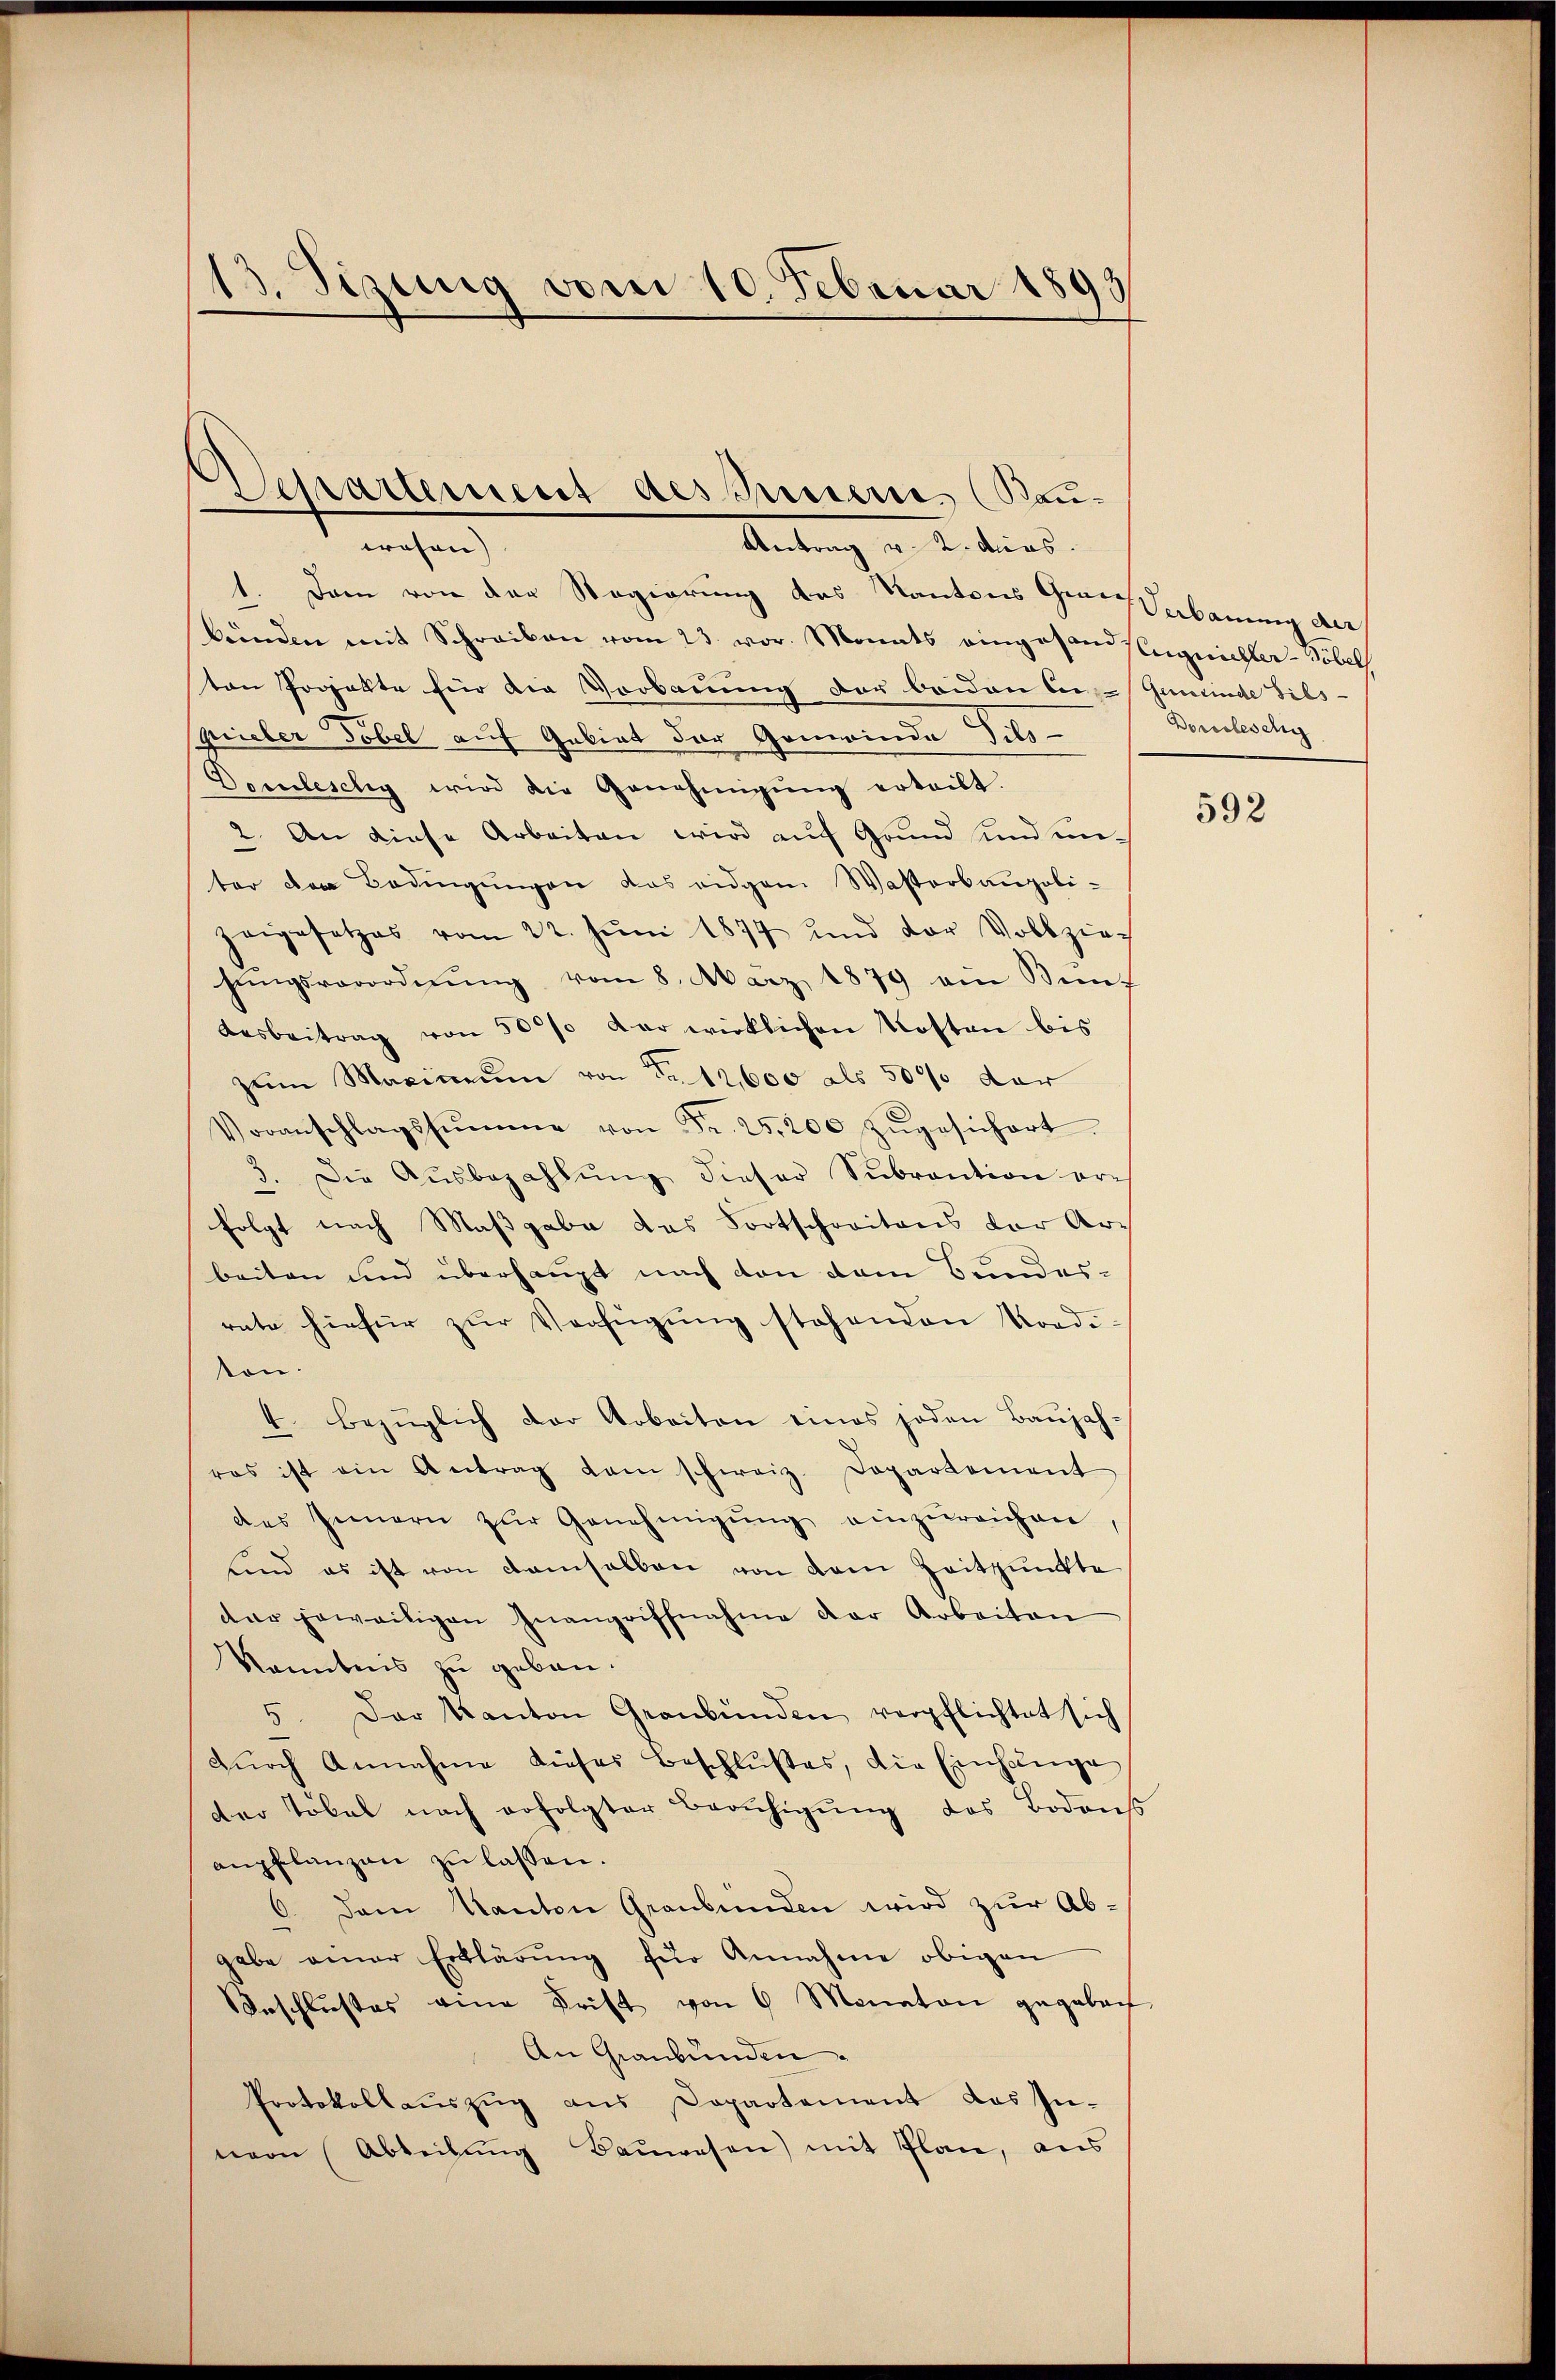
13. Sizung vom 10. Februar 1893

Departement des Innern, (Bau-

techen
Antrag v. 2. ders.
1. Dem von der Regierung des Kantons Granz Verbauung der
bunden mit Schreiben vom 23. vor. Monats eingesandseegnichter-Töbel
ten Projekte für die Vorbauung der beiden Car-Gemeinde Gils-
Spieler Tobel auf Gebiet der Gemeinde Tibs-
Demleschy wird die Genehmigŭng erteilt.
2. An diese Arbeiten wird auf Grund und unter den Bedingŭngen das eidgem Wasterbaupoli-
zeigesetzes vom 22. Jŭni 1877 und der Vollziehŭngsverordnŭng vom 8. März 1879 ein Kin¬
Ausbeitrag von 500% der wirklichen Kosten bis
zum Maximum von Fr. 12,000 als 5000 der
Voranschlagssumme von Fr. 25,200 zŭgesichert.
3. Die Aŭsbezahlŭng dieser Sŭbrantion er-
folgt nach Maßgabe das Fortschreitens der Arbeiten und überhaupt nach von dem Bundes-
rate hiefür zur Verfügung stehenden Vordi-
kon.
4. bezüglich der Arbeiten eines jeden Baŭjah-
ros ist ein Antrag dem schweiz. Departement
des Innern zŭr Genehmigŭng einzŭreichen
sind es ist von demselben von dem Zeitpunkte
dar jeweiligen Inangriffnahme der Arbeiten
kanntnis zu geben.
5. Der Kanton Graubünden verpflichtet sich
Dŭrch Annahme dieses Beschlußes, die Einhänge
der Töbel nach erfolgter Berŭhigŭng des Bodens
anpflanzen zŭ lassen.
6. Dann Kanton Graubünden wird zur Ab-
gabe einer Erklärŭng für Annahme obigen
Beschlusses eine Frist von 6 Monaten gegeben
An Graubünden.
Protokollaŭszŭg ans Dopartement das In-
nern Abteilung Bauwesen) mit Plan, aus

Dorleselig

592